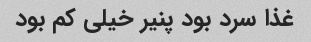
غذا سرد بود پنیر خیلی کم بود